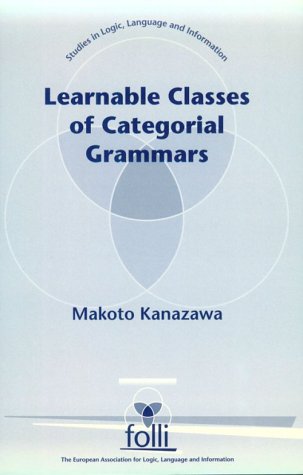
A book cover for Learnable Classes of Categorial Grammars (Center for the Study of Language and Information - Lecture Notes); Makoto Kanazawa; Reference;